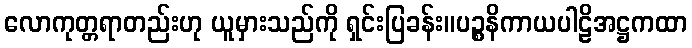
လောကုတ္တရာတည်းဟု ယူမှားသည်ကို ရှင်းပြခန်း။ပဉ္စနိကာယပါဠိအဋ္ဌကထာ